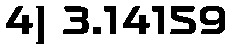
4) 3.14159